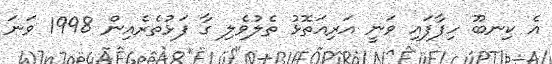
އެ ކިނބޫ ހިފާފައި ވަނީ އަރިއަތޮޅު ތެލުވެލި ގާ ފަޅުތެރެއިން 1998 ވަނަ